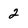
Character: 2